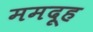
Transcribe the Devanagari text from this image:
ममदूह